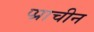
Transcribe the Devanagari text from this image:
प्प्राचीन